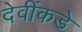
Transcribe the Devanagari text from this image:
देवींकडे